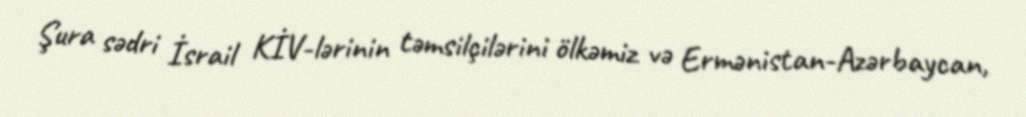
Şura sədri İsrail KİV-lərinin təmsilçilərini ölkəmiz və Ermənistan-Azərbaycan,